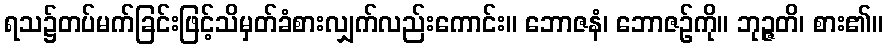
ရသ၌တပ်မက်ခြင်းဖြင့်သိမှတ်ခံစားလျှက်လည်းကောင်း။ ဘောဇနံ၊ ဘောဇဉ်ကို။ ဘုဉ္ဇတိ၊ စား၏။